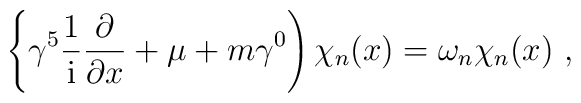
\left\{ \gamma^5 \frac{1}{\rm i}\frac{\partial}{\partial x} + \mu+ m \gamma^0 \right) \chi_n(x)=\omega_n \chi_n(x)  \ ,